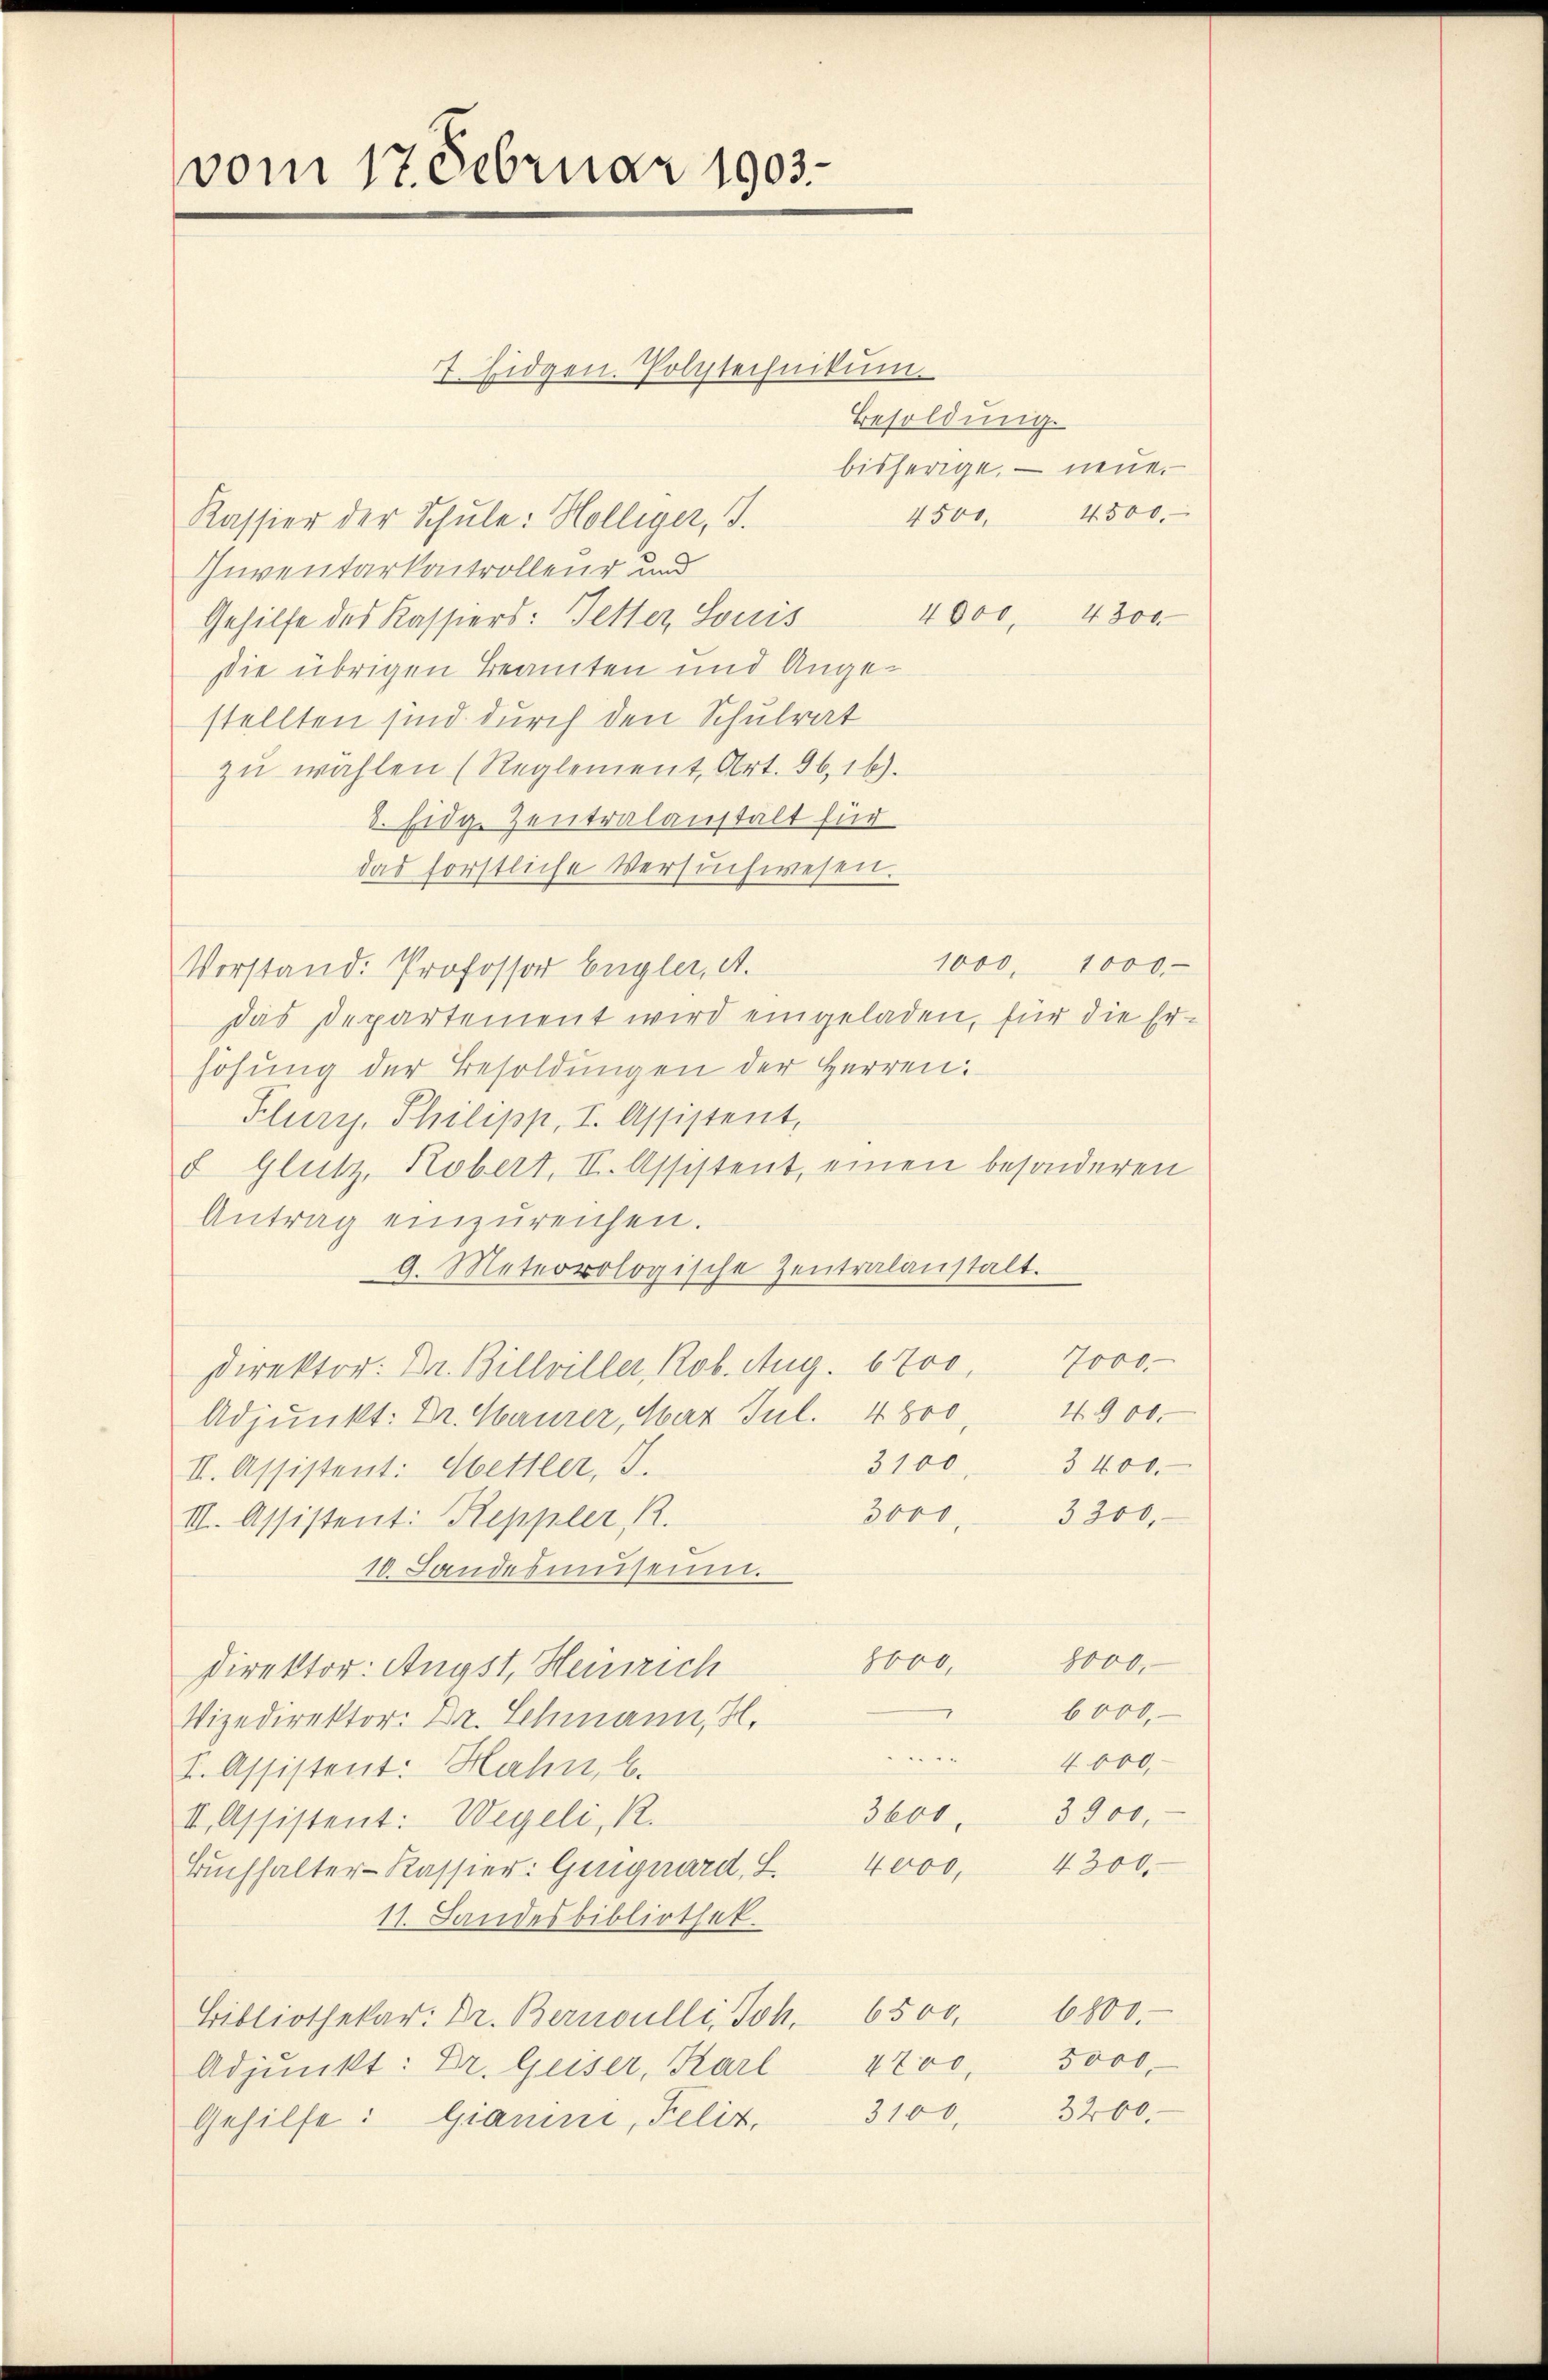
vom 17. Februar 1903.

7. Eidgen. Polytechnikum
Besoldung.
Kassier der Schule: Hölliger, J.
Inventarkontrolleur und
4000
Gehilfe des Kassiers: Hetter Louis
sie übrigen Beamten und Angestellten sind durch den Schulrat
zŭ wählen (Reglement Art. 96, 16).
8. Eidg. Zentralanstalt für
das forstliche Versuchwesen.
1000. 1000
Vorstand: Professor Engler, d.
Das Departement wird eingeladen, für die Erhöhung der Besoldungen der Herren:
Flury, Philipp, I. Assistent,
 Glutz, Robert, II. Assistent, einen besonderen
Antrag einzŭreichen.
g. Meteorologische Zentralanstalt.
Direktor: Dr. Billviller, Rob. Aug. 670. 7000
Adjunkt: Dr. Haurer, Mar Jul. 4800. 4900
3100. 3400.
II. Assistent: Hettler, I.
3000
3200
III. Assistent: Reppler R.
10. Landesmniseum.
8000.
8000.
Direktor: Angst, Heinrich
7
6000.
Vizedirektor. Dr. Schmann, H.
222.
4 000,
S. Assistent: Hahn, b.
3601,
3900.-
II. Assistent: Wegeli, R.
4200
4000,
Buchhalter-Kassier: Gengnard, L
11. Landesbibliothek.
Bibliothekar: Dr. Bernoulli, Joh. 6500. 6800.
5000.
4700,
Adjunkt: Dr. Geiser, Karl
Gehilfe: Gianne, Felis. 3100. 3200.

bisherige. — neue.
4500. 4500.

4300.